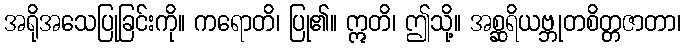
အရိုအသေပြုခြင်းကို။ ကရောတိ၊ ပြု၏။ ဣတိ၊ ဤသို့။ အစ္ဆရိယဗ္ဘုတစိတ္တဇာတာ၊